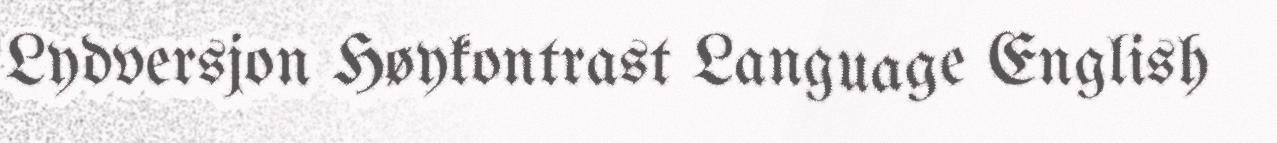
Lydversjon Høykontrast Language English